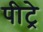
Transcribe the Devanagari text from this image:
पीट्रे